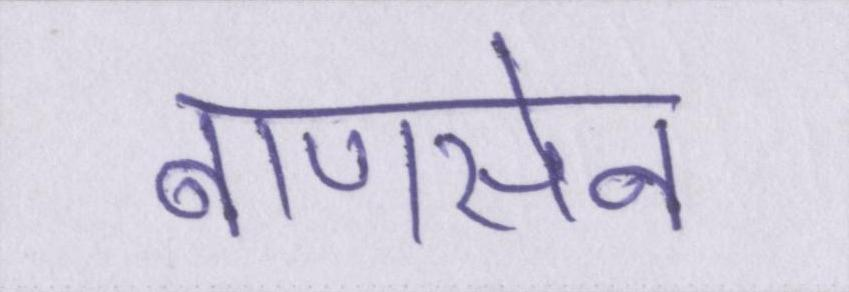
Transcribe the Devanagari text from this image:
बाणसेन